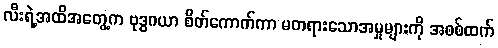
လီးရဲ့အထိအတွေ့က ဗုဒ္ဓဂယာ စိတ်ကောက်ကာ မတရားသောအမှုများကို အစစ်ထက်